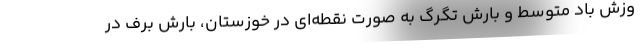
وزش باد متوسط و بارش تگرگ به صورت نقطه‌ای در خوزستان، بارش برف در